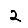
Digit: 2